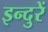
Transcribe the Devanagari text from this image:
इन्दुरें